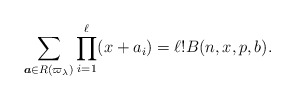
\begin{gather*} \sum_{{\boldsymbol{a}} \in R(\varpi_{\lambda})} \prod_{i=1}^{\ell} (x+a_i) = \ell ! B(n,x,p,b). \end{gather*}